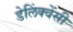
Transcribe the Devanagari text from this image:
डेलिंक्वेंसी